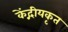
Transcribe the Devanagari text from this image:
केंद्गीयकृत